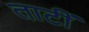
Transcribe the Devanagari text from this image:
ताटीं